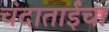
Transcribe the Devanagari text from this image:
चंदाताईंचा